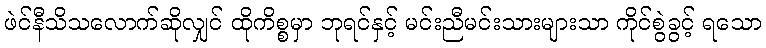
ဖဲင်နီသိသလောက်ဆိုလျှင် ထိုကိစ္စမှာ ဘုရင်နှင့် မင်းညီမင်းသားများသာ ကိုင်စွဲခွင့် ရသော